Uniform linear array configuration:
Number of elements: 16
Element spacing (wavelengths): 0.25
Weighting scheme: hann
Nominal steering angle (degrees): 0
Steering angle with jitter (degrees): -0.3623
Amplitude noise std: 0.05
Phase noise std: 0.05

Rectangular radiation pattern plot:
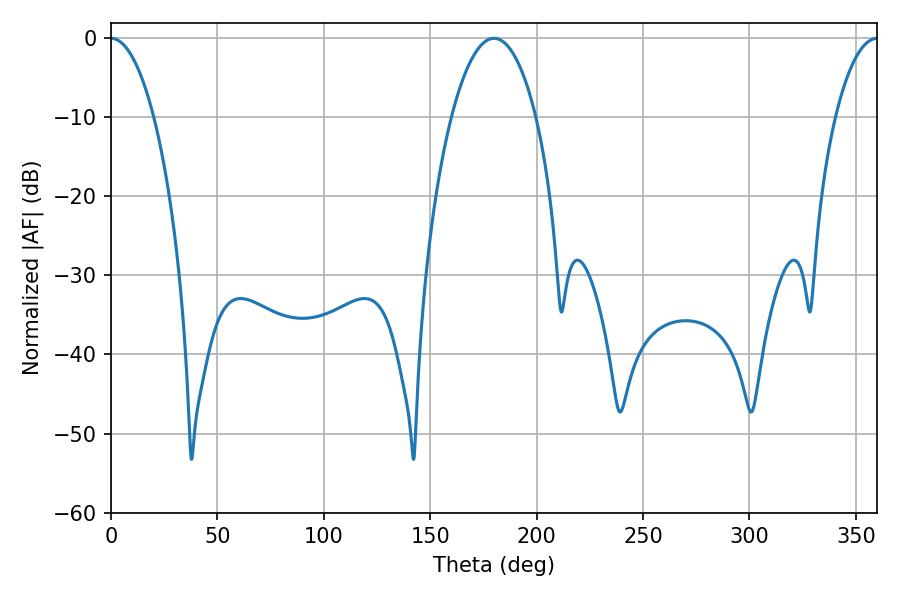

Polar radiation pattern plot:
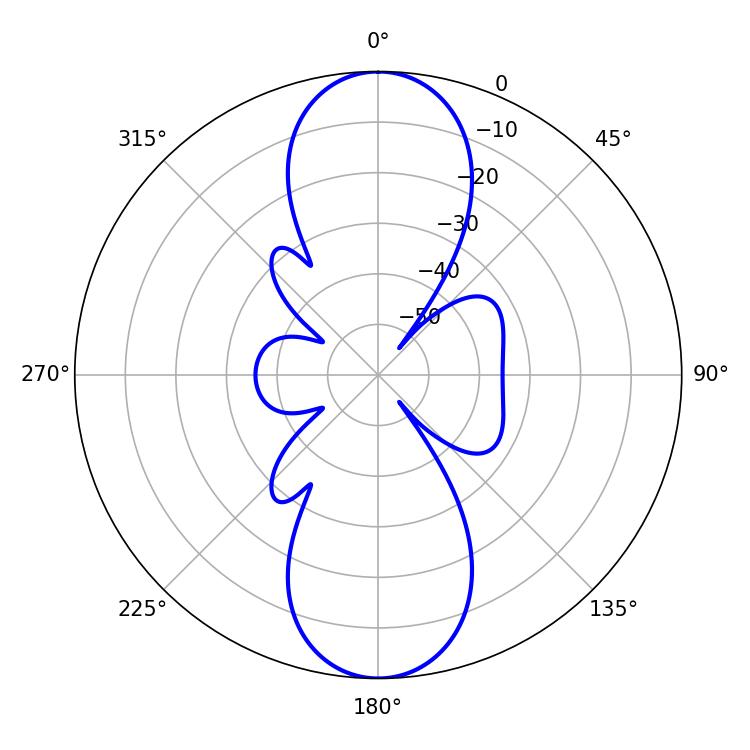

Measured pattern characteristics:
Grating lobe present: FALSE
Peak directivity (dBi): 29.626
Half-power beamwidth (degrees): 22.14
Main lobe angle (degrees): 180